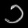
Digit: ၁